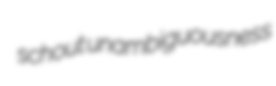
schout unambiguousness